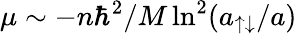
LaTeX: \mu\sim-n\hbar^{2}/M\ln^{2}(a_{\uparrow\downarrow}/a)